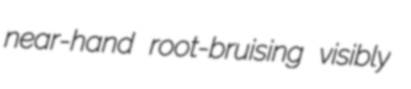
near-hand root-bruising visibly